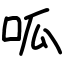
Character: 呱